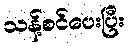
သန့်စင်ပေးပြီး